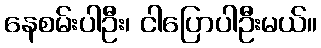
နေစမ်းပါဦး၊ ငါပြောပါဦးမယ်။